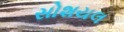
સોશયલ